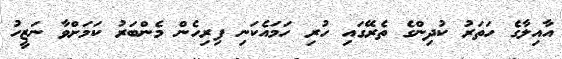
އާއިލާގެ ހަތަރު ކުދިންގެ ތެރޭގައި ހުރި ހަމައެކަނި ފިރިހެން މެންބަރު ކަމަށްވާ ނަޒީހު